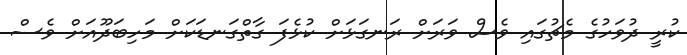
ކުރީ ދުވަހުގެ މެޗުގައި ވެސް ވަރަށް ރަނގަޅަށް ކުޅެފަ ގާތްގަނޑަކަށް މަހިބަދޫއަށް ވެސް